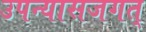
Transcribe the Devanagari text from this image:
उपन्यासजगत्